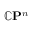
\mathbb { C } \mathbf { P } ^ { n }